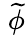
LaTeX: \; {\widetilde{\phi}}